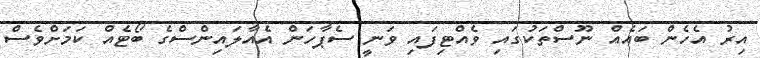
އިރު އެހެން ބައެއް ނޫސްތަކުގައި ވެެއްޓިފައި ވަނީ ސެޕާހަން އެއާލައިންސްގެ ބޯޓެއް ކަމަށްވެސް